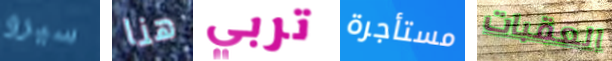
سيرو هنا تربي مستأجرة العقبات